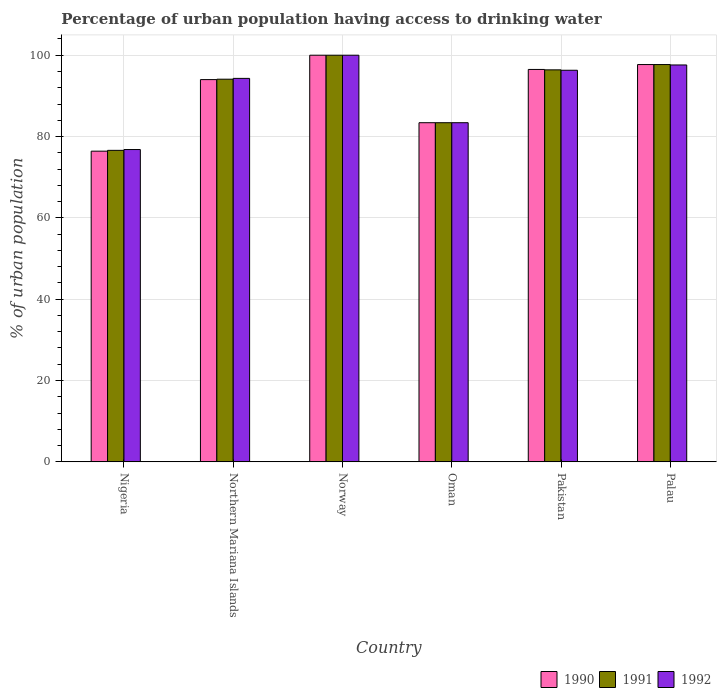
| Country | 1990 | 1991 | 1992 |
 | --- | --- | --- | --- |
 | Nigeria | 76.4 | 76.6 | 76.8 |
 | Northern Mariana Islands | 94 | 94.1 | 94.3 |
 | Norway | 100 | 100 | 100 |
 | Oman | 83.4 | 83.4 | 83.4 |
 | Pakistan | 96.5 | 96.4 | 96.3 |
 | Palau | 97.7 | 97.7 | 97.6 |